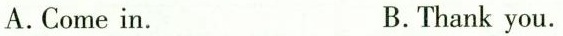
A.Come in. B.Thank you.